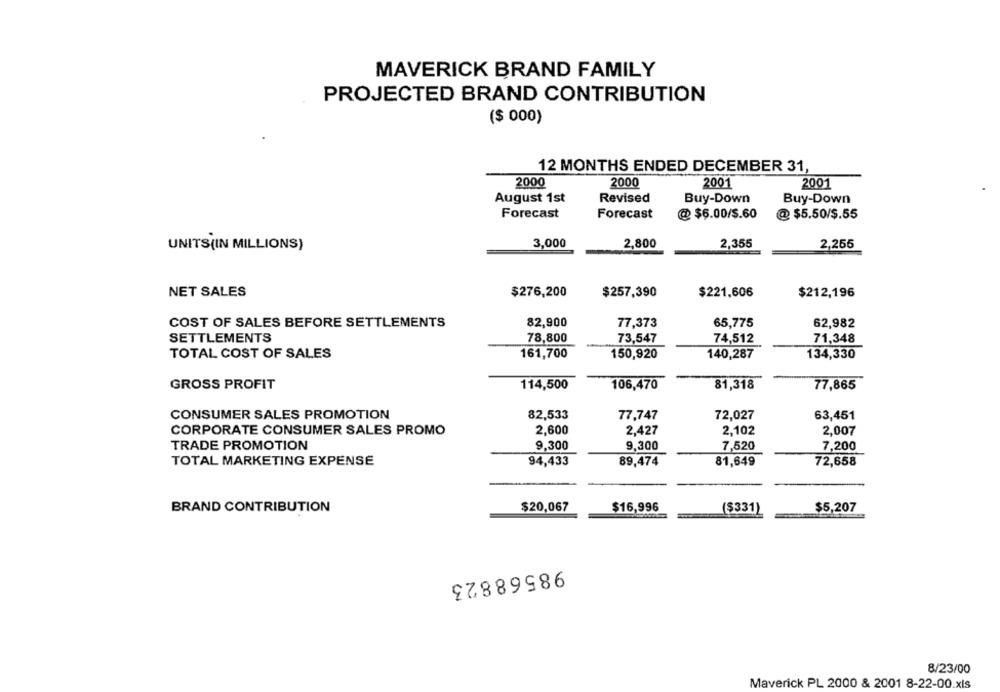
MAVERICK BRAND FAMILY
PROJECTED BRAND CONTRIBUTION
($ 000)
12 MONTHS ENDED DECEMBER 31,
2000
2000
2001
2001
August 1st
Revised
Buy-Down
Buy-Down
Forecast
Forecast
@ $6.00/$.60
@ $5.50/$.55
UNITS(IN MILLIONS)
3,000
2,800
2,355
2,255
NET SALES
$276,200
$257,390
$221,606
$212,196
COST OF SALES BEFORE SETTLEMENTS
82,900
77,373
65,775
62,982
SETTLEMENTS
78,800
73,547
74,512
71,348
TOTAL COST OF SALES
161,700
150,920
140,287
134,330
GROSS PROFIT
114,500
106,470
81,318
77,865
CONSUMER SALES PROMOTION
82,533
72,027
63,451
77,747
CORPORATE CONSUMER SALES PROMO
2,600
2,427
2,102
2,007
TRADE PROMOTION
9,300
9,300
7,520
7,200
TOTAL MARKETING EXPENSE
94,433
89,474
81,649
72,658
BRAND CONTRIBUTION
$20,067
$16,996
($331)
$5,207
98568823
8/23/00
Maverick PL 2000 & 2001 8-22-00.xls